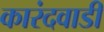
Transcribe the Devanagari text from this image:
कारंदवाडी